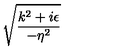
\sqrt { \frac { k ^ { 2 } + i \epsilon } { - \eta ^ { 2 } } }